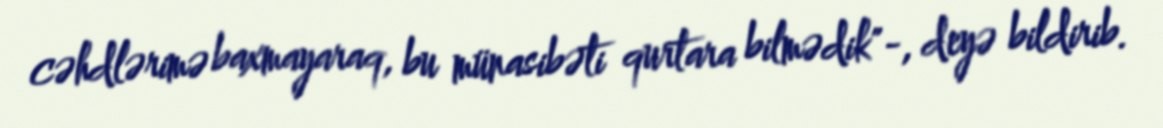
cəhdlərimə baxmayaraq, bu münasibəti qurtara bilmədik"-, deyə bildirib.